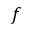
f